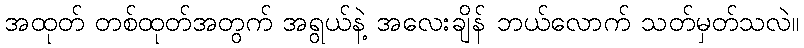
အထုတ် တစ်ထုတ်အတွက် အရွယ်နဲ့ အလေးချိန် ဘယ်လောက် သတ်မှတ်သလဲ။